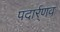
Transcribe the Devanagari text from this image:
पदार्र्णव